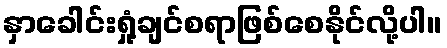
နှာခေါင်းရှုံ့ချင်စရာဖြစ်စေနိုင်လို့ပါ။